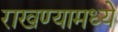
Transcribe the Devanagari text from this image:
राखण्यामध्ये